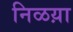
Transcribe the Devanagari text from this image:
निळय़ा